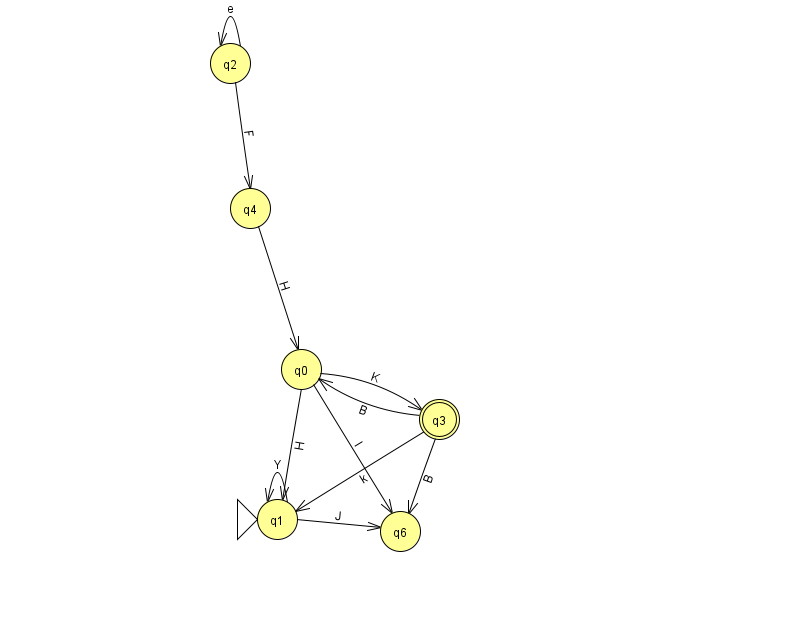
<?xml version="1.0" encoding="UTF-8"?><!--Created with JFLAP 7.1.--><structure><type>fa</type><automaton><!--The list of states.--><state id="0" name="q0"><x>301.0</x><y>356.0</y></state><state id="1" name="q1"><x>277.0</x><y>506.0</y><initial/></state><state id="2" name="q2"><x>230.0</x><y>50.0</y></state><state id="3" name="q3"><x>439.0</x><y>406.0</y><final/></state><state id="4" name="q4"><x>250.0</x><y>195.0</y></state><state id="6" name="q6"><x>400.0</x><y>518.0</y></state><!--The list of transitions.--><transition><from>1</from><to>6</to><read>J</read></transition><transition><from>0</from><to>6</to><read>l</read></transition><transition><from>3</from><to>6</to><read>B</read></transition><transition><from>0</from><to>3</to><read>K</read></transition><transition><from>2</from><to>2</to><read>e</read></transition><transition><from>3</from><to>1</to><read>k</read></transition><transition><from>1</from><to>1</to><read>Y</read></transition><transition><from>0</from><to>1</to><read>H</read></transition><transition><from>3</from><to>0</to><read>B</read></transition><transition><from>4</from><to>0</to><read>H</read></transition><transition><from>2</from><to>4</to><read>F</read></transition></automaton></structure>